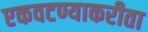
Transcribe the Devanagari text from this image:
एकवटण्याकरीता